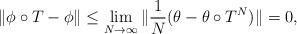
LaTeX: \begin{align*}\| \phi \circ T - \phi \| \le \lim_{N \to \infty} \| \frac{1}{N} (\theta - \theta \circ T^N) \| = 0,\end{align*}